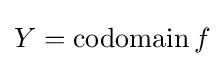
Y=\operatorname {codomain} f